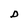
Character: D